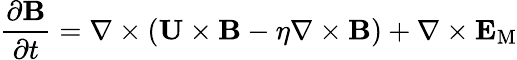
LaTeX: \frac{\partial{\mathbf{B}}}{\partial t}=\nabla\times\left({{\mathbf{U}}\times{\mathbf{B}}-\eta\nabla\times{\mathbf{B}}}\right)+\nabla\times{\mathbf{E}}_{\mathrm{{M}}}